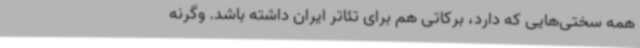
همه سختی‌هایی که دارد، برکاتی هم برای تئاتر ایران داشته باشد. وگرنه